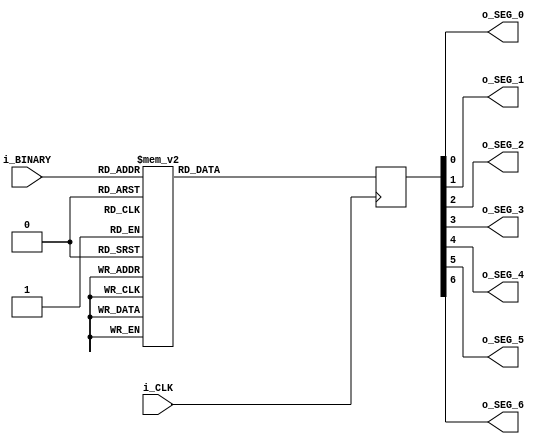
module BINARY_TO_7SEG_DISPLAY (
	input i_CLK,
	input [3:0] i_BINARY,
	output o_SEG_0,
	output o_SEG_1,
	output o_SEG_2,
	output o_SEG_3,
	output o_SEG_4,
	output o_SEG_5,
	output o_SEG_6
);

reg [6:0] r_SEVEN_SEG = 7'b0000000;


always @ (posedge i_CLK) begin
	case (i_BINARY)
	4'b0000 : r_SEVEN_SEG <= 7'b0111111;
	4'b0001 : r_SEVEN_SEG <= 7'b0000110;
	4'b0010 : r_SEVEN_SEG <= 7'b1011011;
	4'b0011 : r_SEVEN_SEG <= 7'b1001111;
	4'b0100 : r_SEVEN_SEG <= 7'b1100110;
	4'b0101 : r_SEVEN_SEG <= 7'b1101101;
	4'b0110 : r_SEVEN_SEG <= 7'b1111101;
	4'b0111 : r_SEVEN_SEG <= 7'b0000111;
	4'b1000 : r_SEVEN_SEG <= 7'b1111111;
	4'b1001 : r_SEVEN_SEG <= 7'b1100111;
	4'b1010 : r_SEVEN_SEG <= 7'b1110111;
	4'b1011 : r_SEVEN_SEG <= 7'b1111100;
	4'b1100 : r_SEVEN_SEG <= 7'b1011000;
	4'b1101 : r_SEVEN_SEG <= 7'b1011110;
	4'b1110 : r_SEVEN_SEG <= 7'b1111001;
	4'b1111 : r_SEVEN_SEG <= 7'b1110001;
	
	endcase
end

assign o_SEG_6 = r_SEVEN_SEG[6];
assign o_SEG_5 = r_SEVEN_SEG[5];
assign o_SEG_4 = r_SEVEN_SEG[4];
assign o_SEG_3 = r_SEVEN_SEG[3];
assign o_SEG_2 = r_SEVEN_SEG[2];
assign o_SEG_1 = r_SEVEN_SEG[1];
assign o_SEG_0 = r_SEVEN_SEG[0];

endmodule